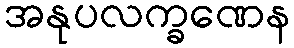
အနုပလက္ခဏေန